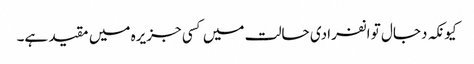
کیونکہ دجال تو انفرادی حالت میں کسی جزیرہ میں مقید ہے۔